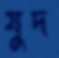
যুদ